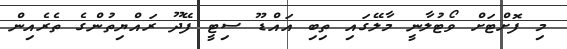
މި ފޮށްޓަށް ވޯޓުލާނީ މާލޭގައި ތިބި އައްޑޫ ސިޓީ ފޭދޫ ރައްޔިތުންގެ ތެރެއިން